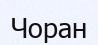
Чоран